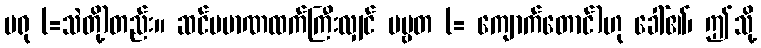
မရု (=သဲတို့)တည်း။ ဆင်ပမာဏထက်ကြီးလျှင် ပဗ္ဗတ (= ကျောက်တောင်)ဟု ခေါ်၏၊ ဤသို့